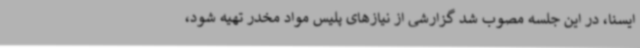
ایسنا، در این جلسه مصوب شد گزارشی از نیازهای پلیس مواد مخدر تهیه شود،